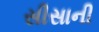
સીસાની